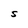
Character: S